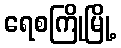
ရေစကြိုမြို့